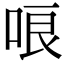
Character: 哴